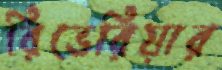
রিভেরিয়ার